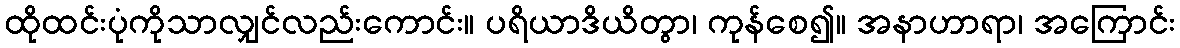
ထိုထင်းပုံကိုသာလျှင်လည်းကောင်း။ ပရိယာဒိယိတွာ၊ ကုန်စေ၍။ အနာဟာရာ၊ အကြောင်း